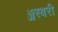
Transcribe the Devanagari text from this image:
ॲस्बरी